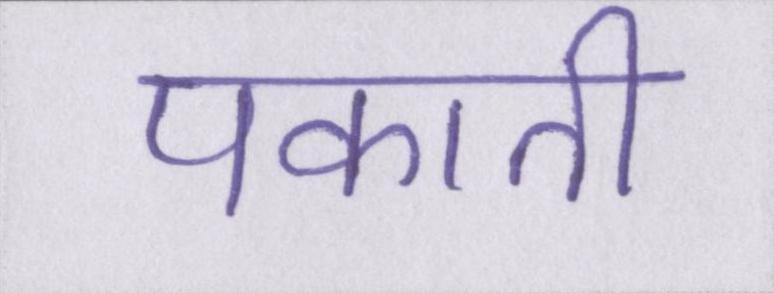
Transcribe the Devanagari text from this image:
पकाती